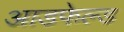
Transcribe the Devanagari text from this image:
आडफेल्ड